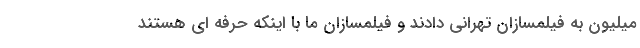
میلیون به فیلمسازان تهرانی دادند و فیلمسازان ما با اینکه حرفه ای هستند